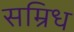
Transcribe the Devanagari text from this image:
सम्रिध